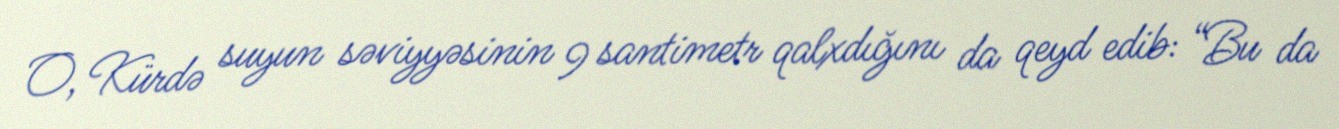
O, Kürdə suyun səviyyəsinin 9 santimetr qalxdığını da qeyd edib: “Bu da